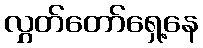
လွှတ်တော်ရှေ့နေ